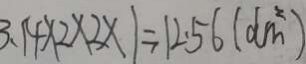
3 . 1 4 \times 2 \times 2 \times 1 = 1 2 . 5 6 ( d m ^ { 2 } )